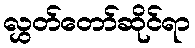
လွှတ်တော်ဆိုင်ရာ